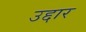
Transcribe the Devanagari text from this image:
उद्दार